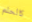
كالحلم